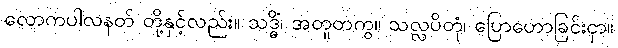
လောကပါလနတ် တို့နှင့်လည်း။ သဒ္ဓိံ၊ အတူတကွ။ သလ္လပိတုံ၊ ပြောဟောခြင်းငှာ။